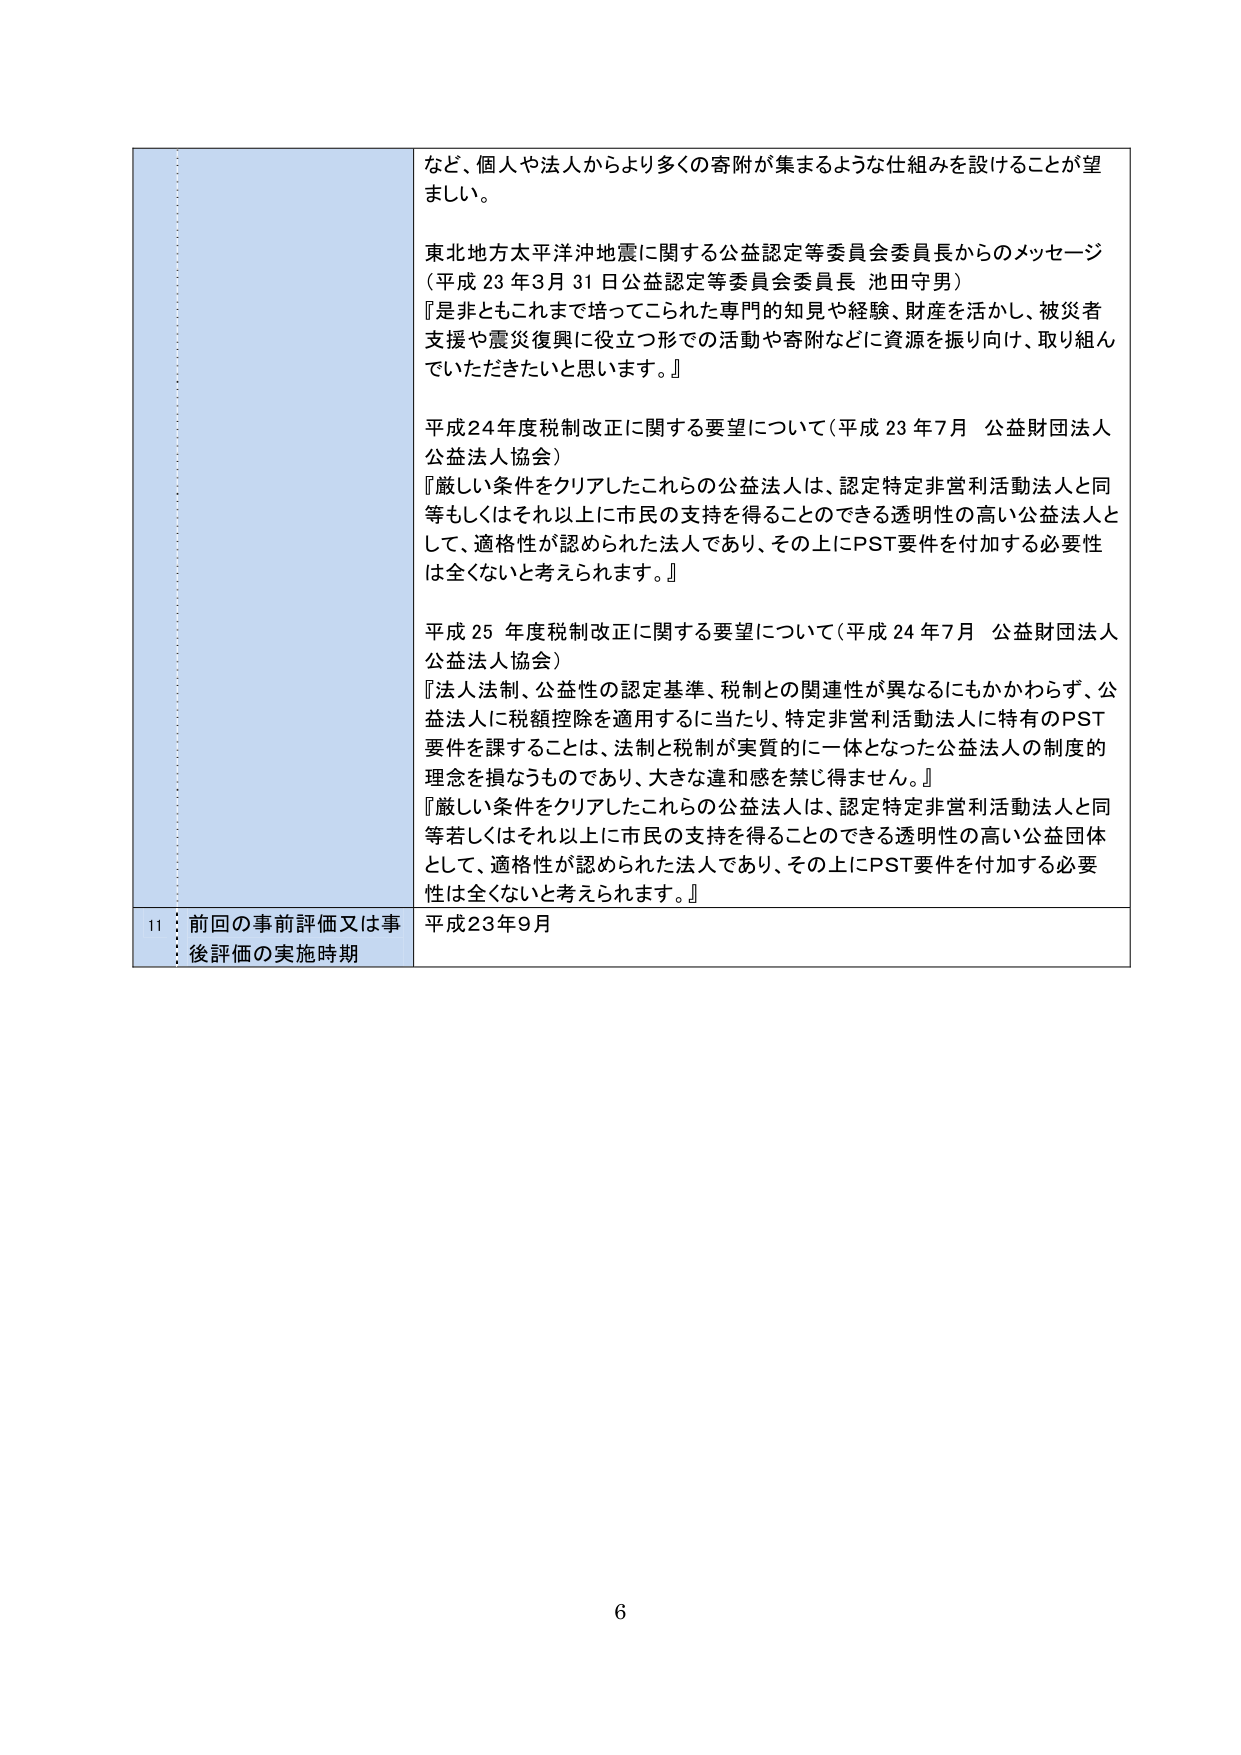
など、個人や法人からより多くの寄附が集まるような仕組みを設けることが望ましい。

東北地方太平洋沖地震に関する公益認定等委員会委員長からのメッセージ
（平成23年3月31日 公益認定等委員会委員長 池田守男）
『是非ともこれまで培ってこられた専門的知見や経験、財産を活かし、被災者支援や震災復興に役立つ形での活動や寄附などに資源を振り向け、取り組んでいただきたいと思います。』

平成24年度税制改正に関する要望について（平成23年7月 公益財団法人公益法人協会）
『厳しい条件をクリアしたこれらの公益法人は、認定特定非営利活動法人と同等もしくはそれ以上に市民の支持を得ることのできる透明性の高い公益法人として、適格性が認められた法人であり、その上にPST要件を付加する必要性は全くないと考えられます。』

平成25年度税制改正に関する要望について（平成24年7月 公益財団法人公益法人協会）
『法人法制、公益性の認定基準、税制との関連性が異なるにもかかわらず、公益法人に税額控除を適用するに当たり、特定非営利活動法人に特有のPST要件を課することは、法制と税制が実質的に一体となった公益法人の制度的理念を損なうものであり、大きな違和感を禁じ得ません。』
『厳しい条件をクリアしたこれらの公益法人は、認定特定非営利活動法人と同等若しくはそれ以上に市民の支持を得ることのできる透明性の高い公益団体として、適格性が認められた法人であり、その上にPST要件を付加する必要性は全くないと考えられます。』

11 前回の事前評価又は事後評価の実施時期 平成23年9月

6